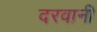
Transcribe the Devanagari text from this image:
दरवानी